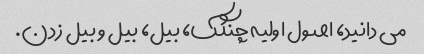
می دانید، اصول اولیه چنگک، بیل، بیل و بیل زدن.